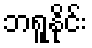
ဘရူနိုင်း